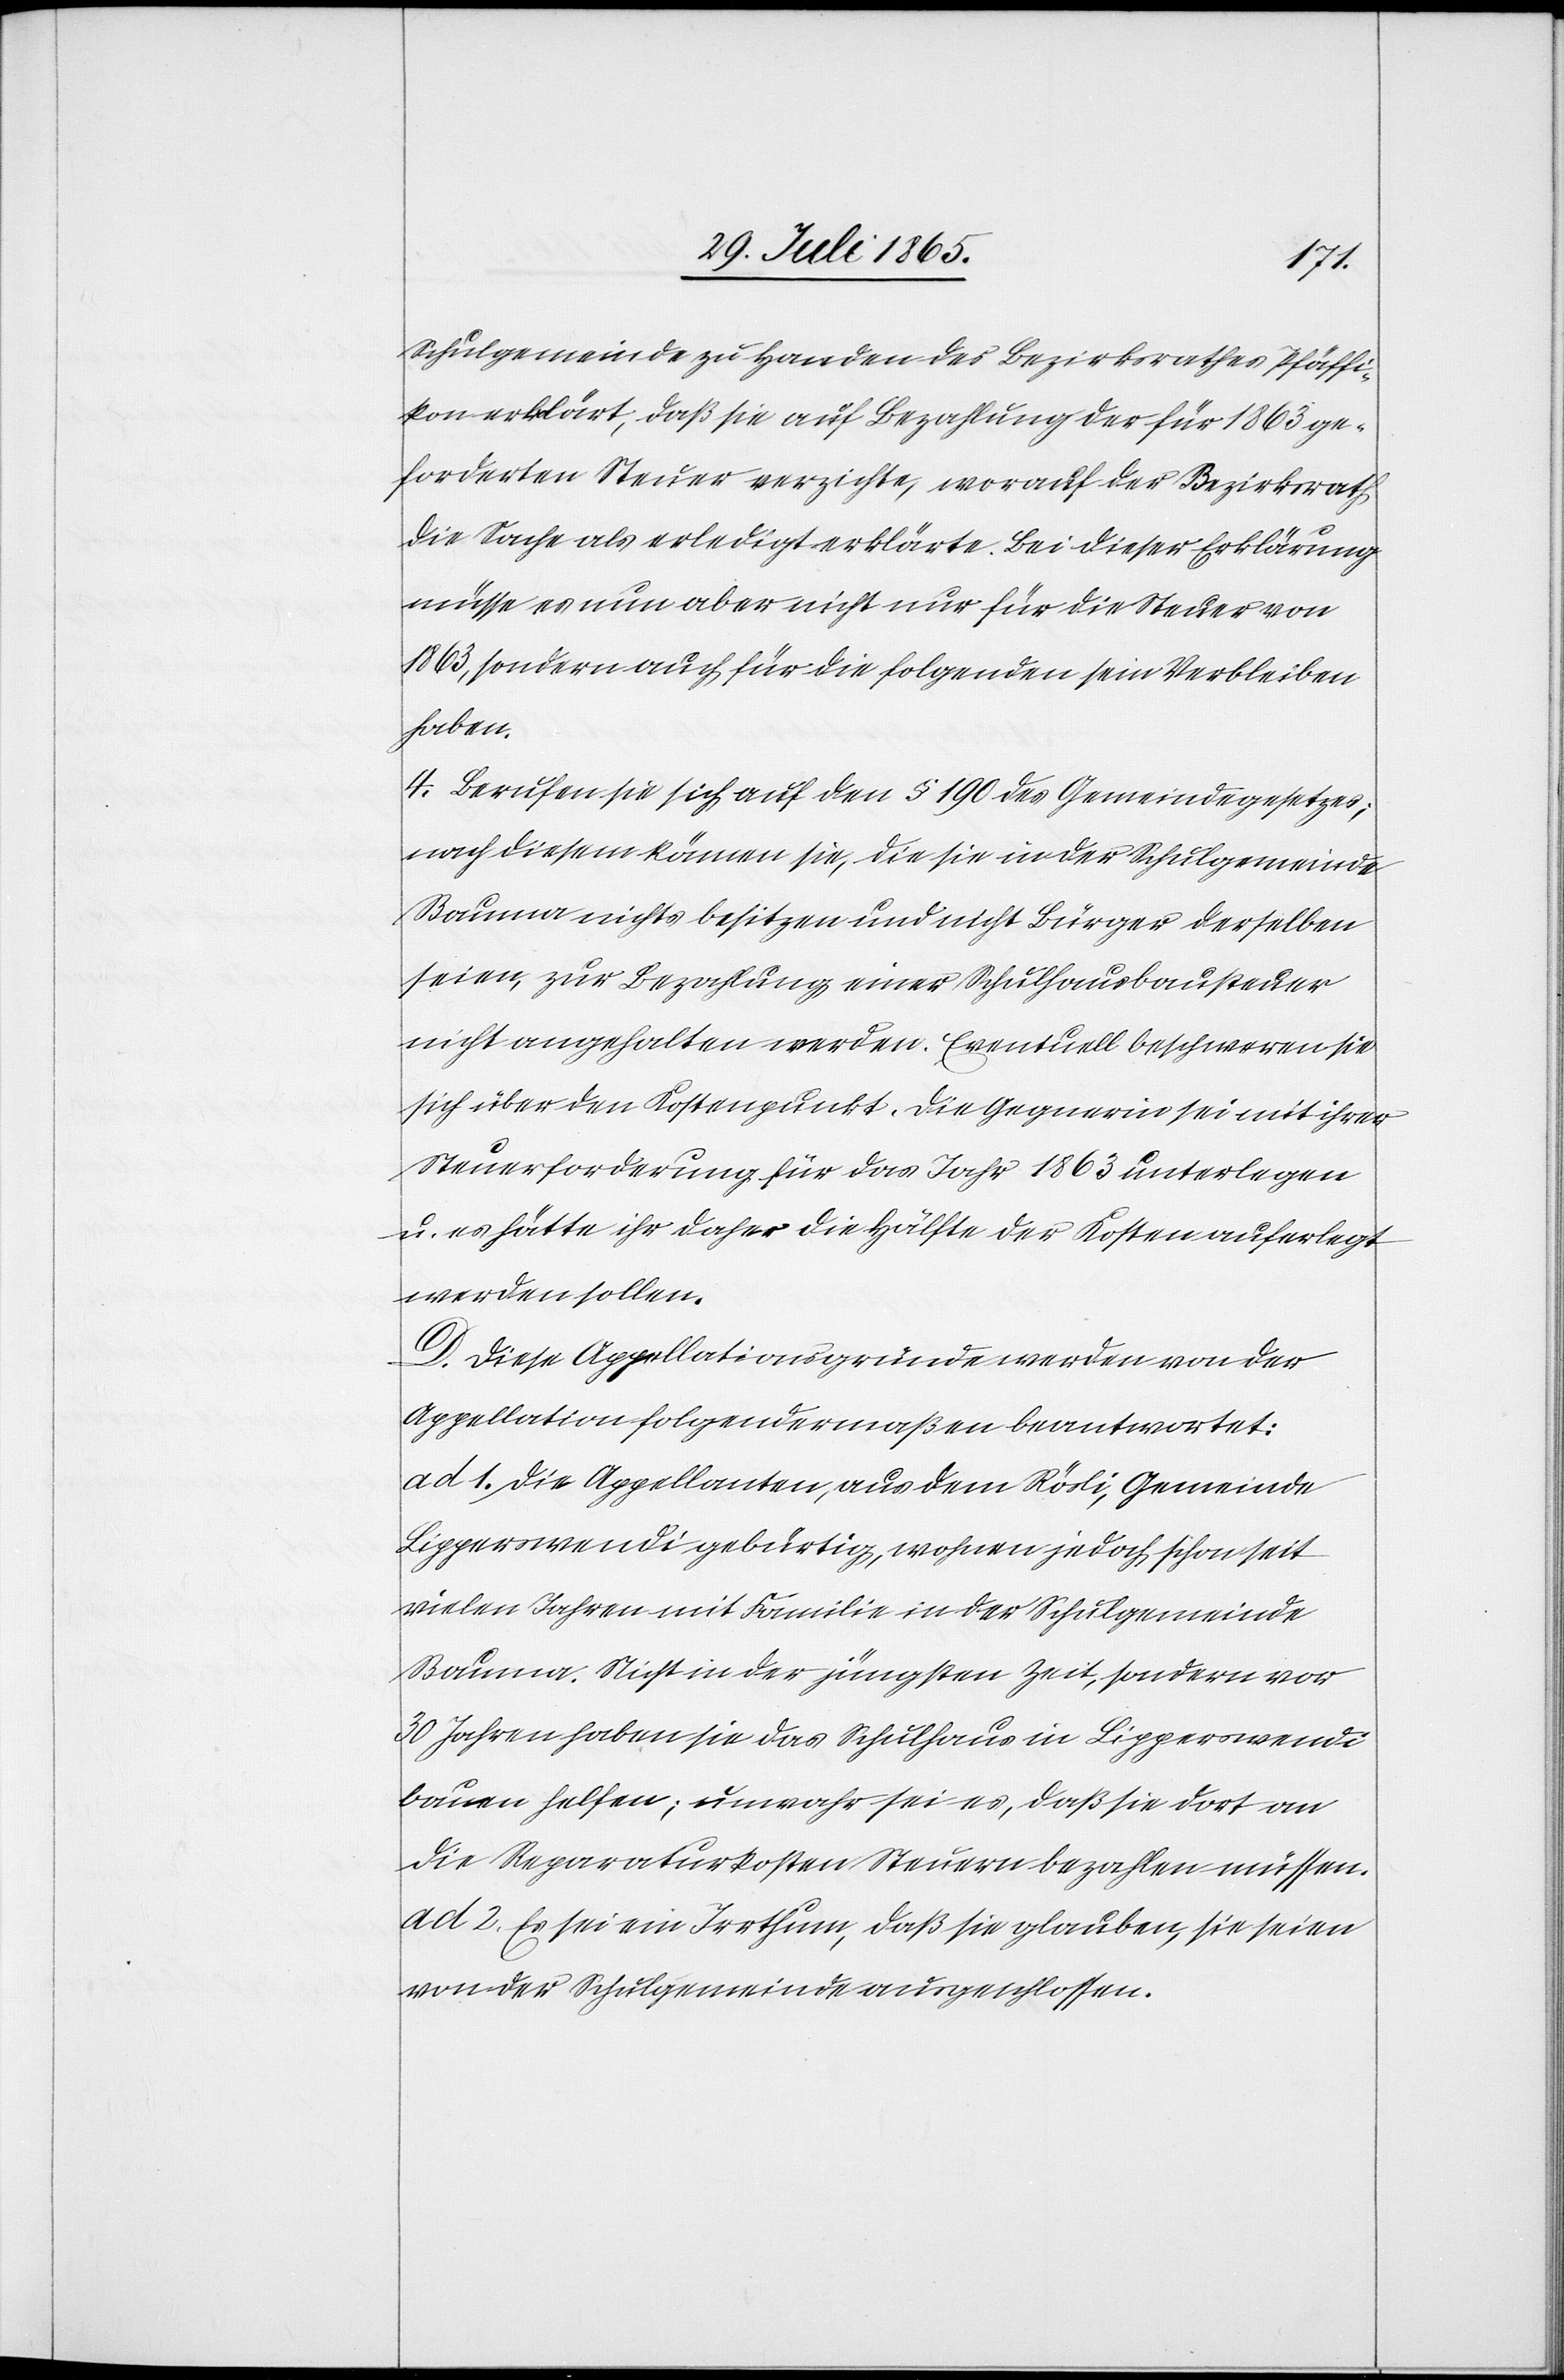
Schulgemeinde zu Handen des Bezirksrathes Pfäffi¬
kon erklärt, daß sie auf Bezahlung der für 1863 ge¬
forderten Steuer verzichte, worauf der Bezirksrath
die Sache als erledigte erklärte. Bei dieser Erklärung
müsse es nun aber nicht nur für die Steuer von
1863, sondern auch für die folgenden sein Verbleiben
haben.
4. Berufen sie sich auf den § 190 des Gemeindegesetzes;
nach diesem können sie, die sie in der Schulgemeinde
Bauma nichts besitzen und nicht Bürger derselben
seien, zur Bezahlung einer Schulhausbausteuer
nicht angehalten werden. Eventuell beschweren sie
sich über den Kostenpunkt. Die Gegnerin sei mit ihrer
Steuerforderung für das Jahr 1863 unterlegen
u. es hätte ihr daher die Hälfte der Kosten auferlegt
werden sollen.
D. Diese Appellationsgründe werden von der
Appellation [sic!] folgendermaßen beantwortet:
ad 1. Die Appellanten, aus dem Rösli, Gemeinde
Lipperswendi gebürtig, wohnen jedoch schon seit
vielen Jahren mit Familie in der Schulgemeinde
Bauma. Nicht in der jüngsten Zeit, sondern vor
30 Jahren haben sie das Schulhaus in Lipperswendi
bauen helfen; unwahr sei es, daß sie dort an
die Reparaturkosten Steuern bezahlen müssen.
ad 2. Es sei ein Irrthum, daß sie glauben, sie seien
von der Schulgemeinde ausgeschlossen.